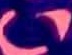
Text: 4